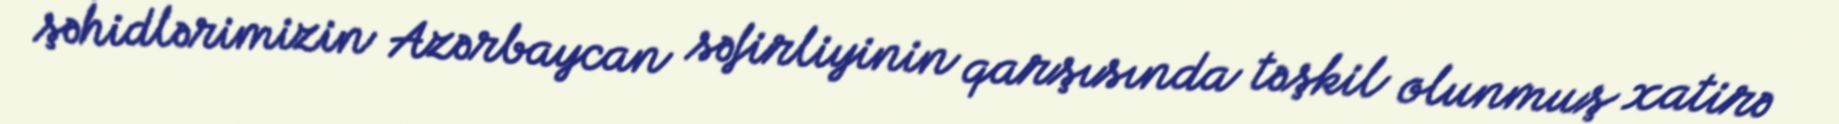
şəhidlərimizin Azərbaycan səfirliyinin qarşısında təşkil olunmuş xatirə